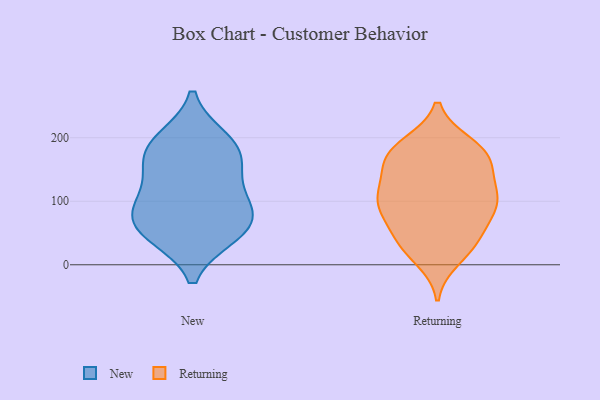
{"axis": {"x": "Page Views", "y": "Value"}, "legend": ["New", "Returning"], "data": [{"x": "", "y": 168, "type": "New"}, {"x": "", "y": 60, "type": "New"}, {"x": "", "y": 92, "type": "New"}, {"x": "", "y": 84, "type": "New"}, {"x": "", "y": 113, "type": "New"}, {"x": "", "y": 196, "type": "New"}, {"x": "", "y": 188, "type": "New"}, {"x": "", "y": 157, "type": "New"}, {"x": "", "y": 51, "type": "New"}, {"x": "", "y": 48, "type": "New"}, {"x": "", "y": 162, "type": "Returning"}, {"x": "", "y": 37, "type": "Returning"}, {"x": "", "y": 124, "type": "Returning"}, {"x": "", "y": 29, "type": "Returning"}, {"x": "", "y": 34, "type": "Returning"}, {"x": "", "y": 97, "type": "Returning"}, {"x": "", "y": 105, "type": "Returning"}, {"x": "", "y": 173, "type": "Returning"}, {"x": "", "y": 10, "type": "Returning"}, {"x": "", "y": 98, "type": "Returning"}, {"x": "", "y": 119, "type": "Returning"}, {"x": "", "y": 53, "type": "Returning"}, {"x": "", "y": 150, "type": "Returning"}, {"x": "", "y": 189, "type": "Returning"}, {"x": "", "y": 96, "type": "Returning"}, {"x": "", "y": 77, "type": "Returning"}, {"x": "", "y": 90, "type": "Returning"}, {"x": "", "y": 189, "type": "Returning"}, {"x": "", "y": 169, "type": "Returning"}, {"x": "", "y": 172, "type": "Returning"}]}